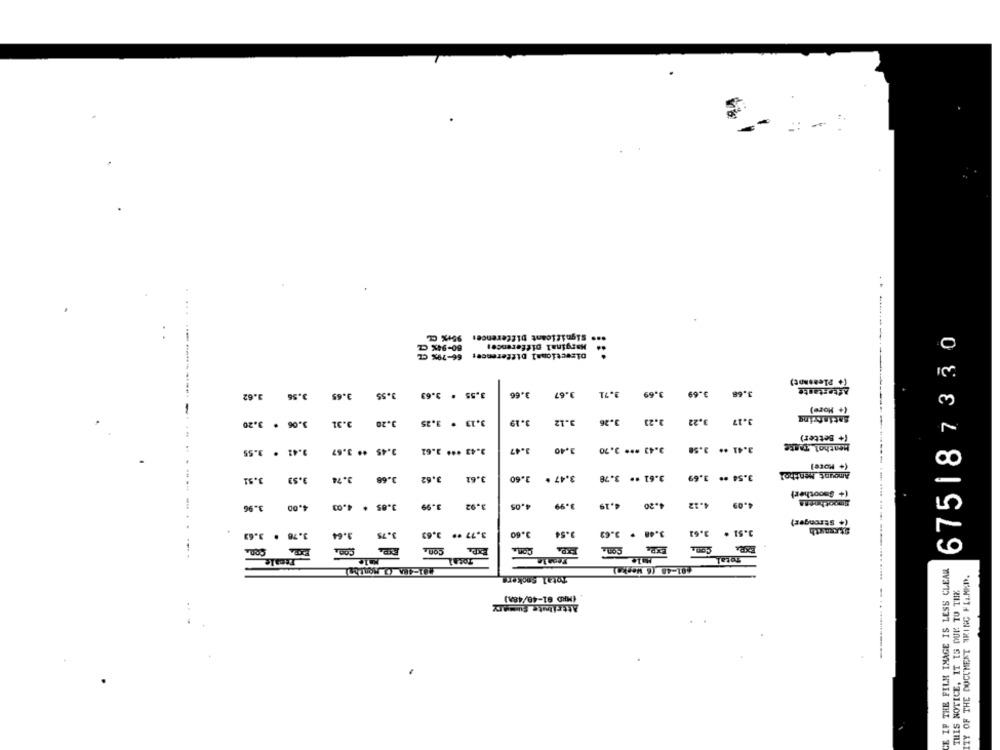
-
Significant Difference: 95+% CL
..
675187330
80-94%
Marginal Differences
O
66-79% CL
Directional Difference:
-----
(+ Pleasant)
Aftertaste
3.62
3.56
3.65
9.55
3.55 . 3.63
3.66
3.67
1.69
3.69
3.68
w
(+ More)
3.13 . 3.25
3.19
3.1.2
3.26
2.23
3.22
3.17
Satisfying
3.06 . 3.20
3.31
3.20
(+ Better)
3.41 . 3.55
3.45 ** 3.67
3.42 *** 2.62
1.47
3.40
3.43 *** 3.70
3.98
3.41 .*
Menthol Taste
(+ More]
Amount Menthol
3.74
3.68
3.62
3.61
3.60
3.47 *
3.78
3.61 ..
3.69
3.54 **
(+ Smoother)
1.20
4.12
4.09
.96
4.00
4.03
3.05 .
3.99
3.92
1.05
3.99
1.19
(+ Stronger)
3.64
3.75
3.77 ·· 3,63
3.60
3.54
3.48 + 3.62
3.51 . 3.61
atxearth
3.78 . 3.63
Con
EXP.
Con.
Fezale
Male
Total
01-48 (6 Werka)
CE IF THE FILM IMAGE IS LESS CLEAR
Total Snokere
ITY OF THE DOCUMENT ARING FLI.MED.
THIS NOTICE, IT IS DUE TO THE
(MRD 01-48/48A)
-.